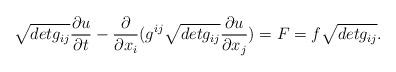
LaTeX: \begin{align*} \sqrt{detg_{ij}} \frac{\partial u}{\partial t}-\frac{\partial}{\partial x_{i}}(g^{ij}\sqrt{detg_{ij}}\frac{\partial u}{\partial x_{j}}) =F= f\sqrt{detg_{ij}}.\end{align*}